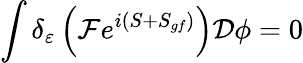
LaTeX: \int\delta_{\varepsilon}\left({\mathcal{F}}e^{i\left(S+S_{gf}\right)}\right){\mathcal{D}}\phi=0